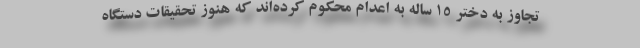
تجاوز به دختر ۱۵ ساله به اعدام محکوم کرده‌اند که هنوز تحقیقات دستگاه